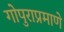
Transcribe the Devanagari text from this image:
गोपुराप्रमाणे